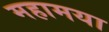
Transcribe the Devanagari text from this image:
महामया